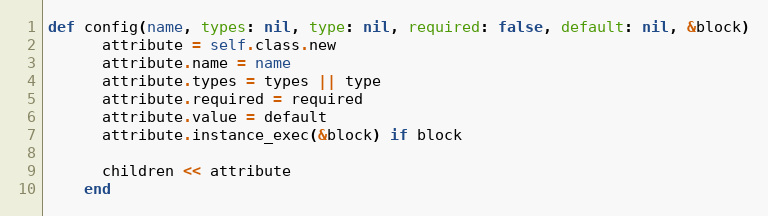
Language: Ruby
def config(name, types: nil, type: nil, required: false, default: nil, &block)
      attribute = self.class.new
      attribute.name = name
      attribute.types = types || type
      attribute.required = required
      attribute.value = default
      attribute.instance_exec(&block) if block

      children << attribute
    end